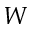
W